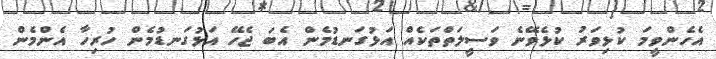
އެހެންވީމަ ކުޅިވަރު ކުޅެވޭނެ ވަސީލަތްތަކެއް އަޅުގަނޑުމެން އެބަ ޖެހޭ އަޅުގަނޑުމެން ހުރިހާ އެންމެން